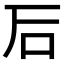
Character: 𥐖